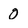
Character: 0